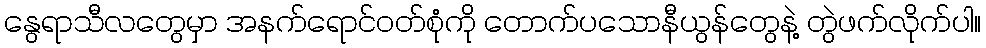
နွေရာသီလတွေမှာ အနက်ရောင်ဝတ်စုံကို တောက်ပသောနီယွန်တွေနဲ့ တွဲဖက်လိုက်ပါ။